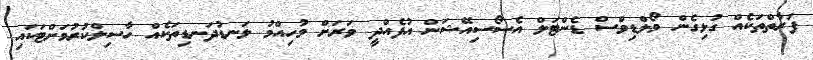
ފަރާތްތަކެއް ގުޅިގެން މޯލްޑިވްސް ޑެންޓަލް އެސޯސިއޭޝަން އުފެއްދީ ވަރަށް މުހިއްމު ލަނޑުދަނޑިތަކެއް ހާސިލްކުރުމަށްޓަކައި